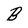
Character: B